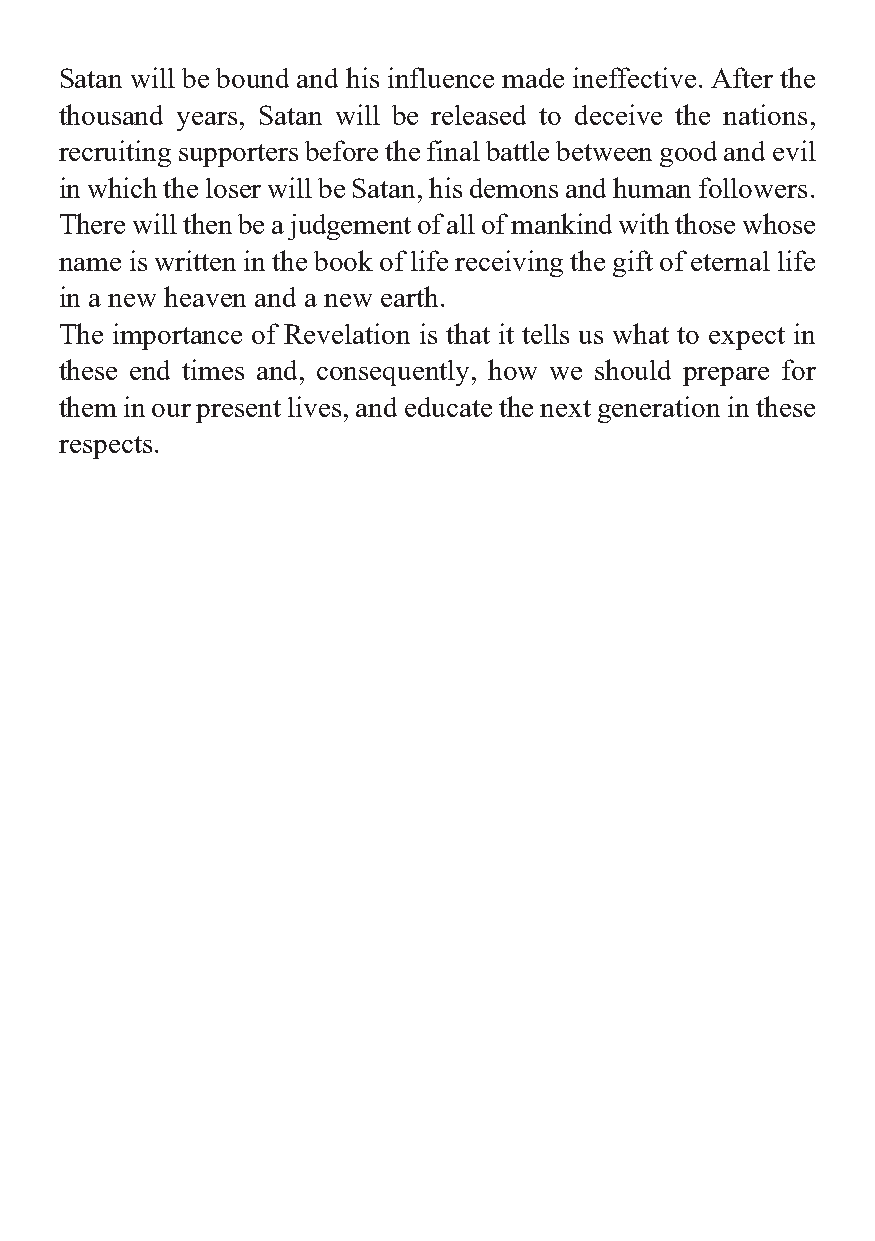
Satan will be bound and his influence made ineffective. After the
 thousand years, Satan will be released to deceive the nations,
 recruiting supporters before the final battle between good and evil
 in which the loser will be Satan, his demons and human followers.
 There will then be a judgement of all of mankind with those whose
 name is written in the book of life receiving the gift of eternal life
 in a new heaven and a new earth.
 The importance of Revelation is that it tells us what to expect in
 these end times and, consequently, how we should prepare for
 them in our present lives, and educate the next generation in these
 respects.